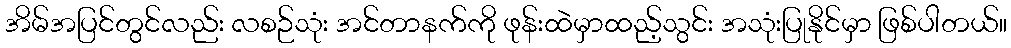
အိမ်အပြင်တွင်လည်း လစဉ်သုံး အင်တာနက်ကို ဖုန်းထဲမှာထည့်သွင်း အသုံးပြုနိုင်မှာ ဖြစ်ပါတယ်။